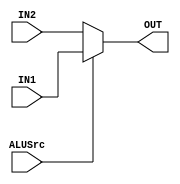
module mux(IN1, IN2, OUT, ALUSrc);

input ALUSrc;
input [31:0] IN1;
input [31:0] IN2;

output reg [31:0] OUT;

assign OUT = ALUSrc ? IN1 : IN2;

endmodule